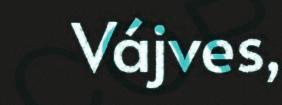
Vájves,